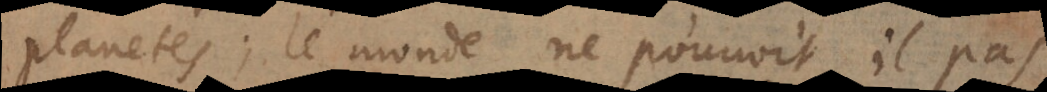
planetes; le monde ne pouvoit il pas